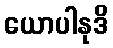
ယောပါနုဒိ